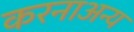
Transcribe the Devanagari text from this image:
करनाअन्य